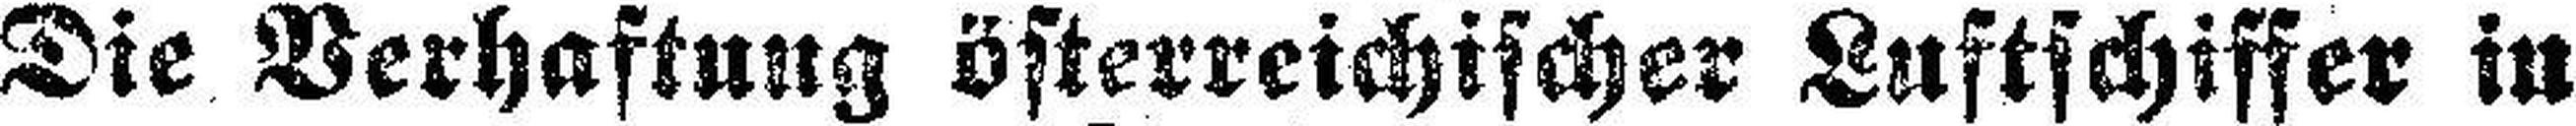
Die Verhaftung österreichischer Luftschiffer in